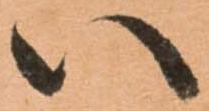
い